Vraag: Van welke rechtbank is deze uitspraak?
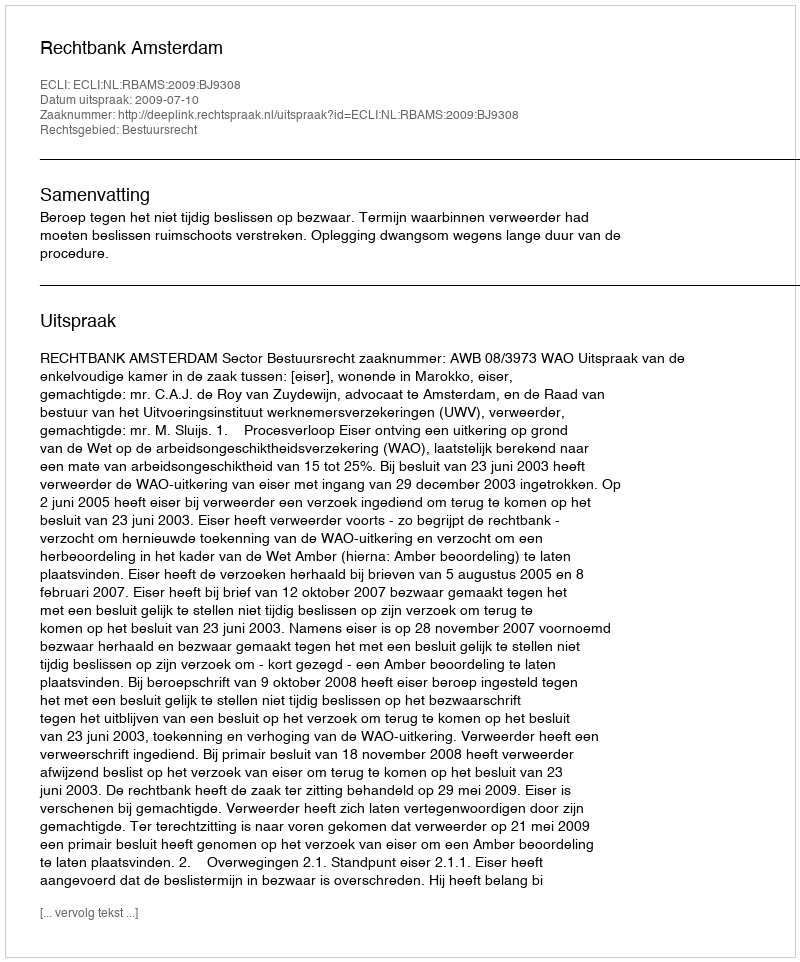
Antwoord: Rechtbank Amsterdam